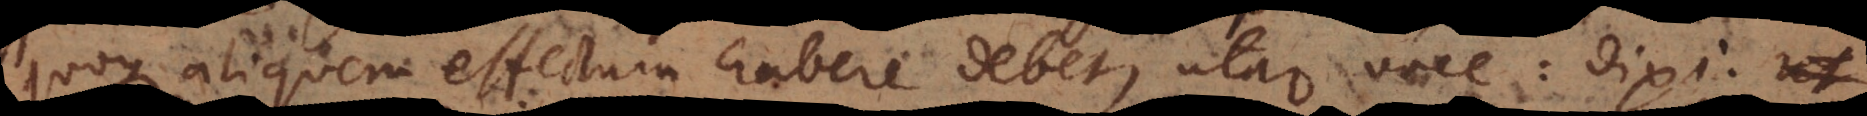
quoque aliquem effectum habere debet, utar voce: dixi.